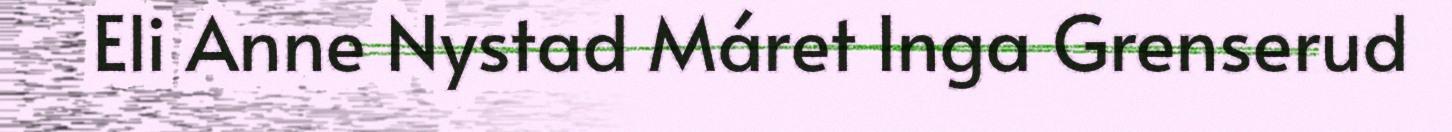
Eli Anne Nystad Máret Inga Grenserud